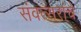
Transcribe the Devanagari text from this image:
संवत्सरांचे